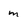
Character: m